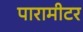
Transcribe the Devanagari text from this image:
पारामीटर